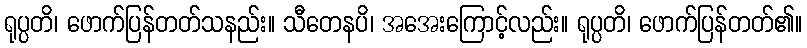
ရုပ္ပတိ၊ ဖောက်ပြန်တတ်သနည်း။ သီတေနပိ၊ အအေးကြောင့်လည်း။ ရုပ္ပတိ၊ ဖောက်ပြန်တတ်၏။